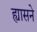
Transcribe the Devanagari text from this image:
ह्यासने